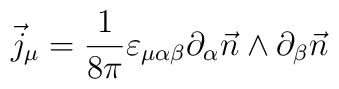
\vec j_\mu = \frac{1}{8\pi}\varepsilon_{\mu\alpha\beta}\partial_\alpha\vec n\wedge\partial_\beta\vec n